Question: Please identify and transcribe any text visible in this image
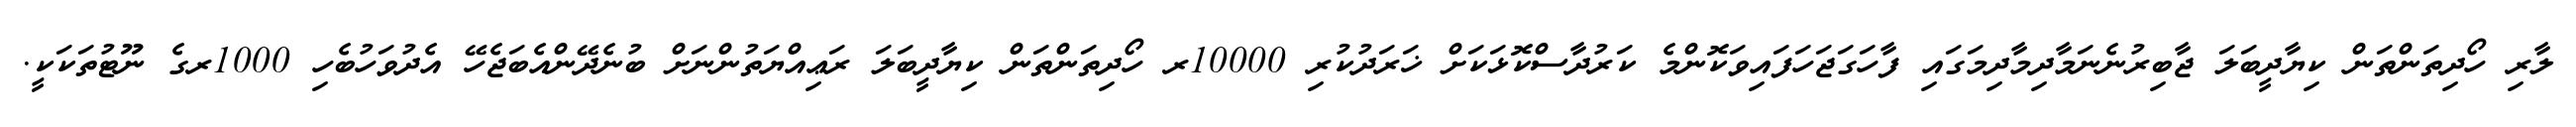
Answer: ލާރި ހޯދިތަންތަން ކިޔާދީބަލަ ޖާބިރުނެނަމާދިމާދިމަގައި ފާހަގަޖަހަފައިވަކޮންމެ ކަރުދާސްކޮޅަކަށް ޚަރަދުކުރި 10000ރ ހޯދިތަންތަން ކިޔާދީބަލަ ރަޢިއްޔަތުންނަށް ބުނެދޭންއެބަޖެހޭ އެދުވަހުބެހި 1000ރގެ ނޫޓުތަކަކީ.